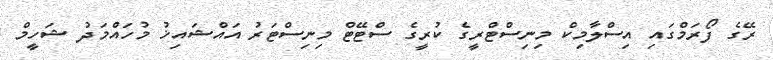
ރޭގެ ފޯރަމްގައި އިސްލާމިކް މިނިސްޓްރީގެ ކުރީގެ ސްޓޭޓް މިނިސްޓަރު އައްޝައިޚު މުހައްމަދު ޝަހީމް